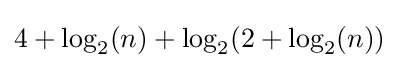
{\textstyle 4+\log _{2}(n)+\log _{2}(2+\log _{2}(n))}